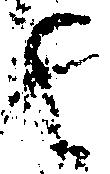
其